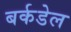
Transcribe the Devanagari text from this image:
बर्कडेल